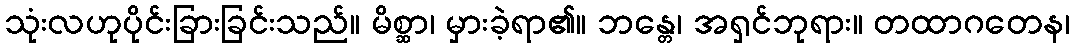
သုံးလဟုပိုင်းခြားခြင်းသည်။ မိစ္ဆာ၊ မှားခဲ့ရာ၏။ ဘန္တေ၊ အရှင်ဘုရား။ တထာဂတေန၊